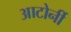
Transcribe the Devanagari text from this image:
आटोर्नी